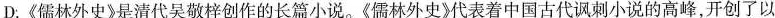
D.《儒林外史》是清代吴敬梓创作的长篇小说。《儒林外史》代表着中国古代讽刺小说的高峰，开创了以